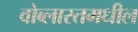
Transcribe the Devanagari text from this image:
वोब्लास्तमधील